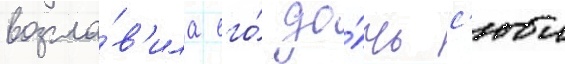
возгла́в'ила его́ до́чь с'юи